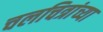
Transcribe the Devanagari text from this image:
चलचित्रांच्या